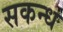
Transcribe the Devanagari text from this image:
सकन्ध